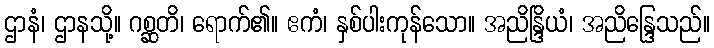
ဌာနံ၊ ဌာနသို့။ ဂစ္ဆတိ၊ ရောက်၏။ ဧကံ၊ နှစ်ပါးကုန်သော။ အညိန္ဒြိယံ၊ အညိန္ဒြေသည်။